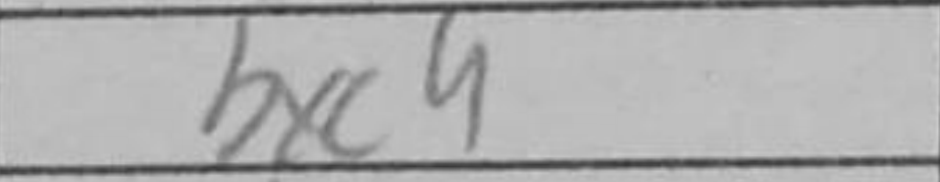
Transcription: a6